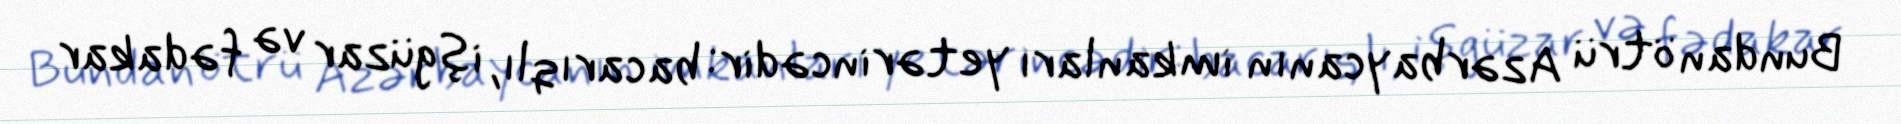
Bundan ötrü Azərbaycanın imkanları yetərincədir: bacarıqlı, işgüzar və fədakar